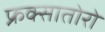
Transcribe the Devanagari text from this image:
फ्रक्सातोरो